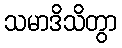
သမာဒိသိတွာ